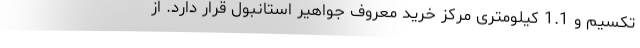
تکسیم و 1.1 کیلومتری مرکز خرید معروف جواهیر استانبول قرار دارد. از